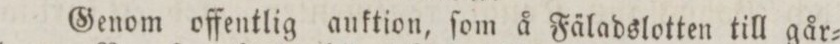
Genom offentlig auktion, ſom å Fäladslotten till går=